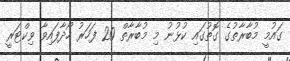
ގައުމީ މުބާރާތުގެ ގޮތުގައި ކުޅުނު މި މުބާރާތް 20 ފަހަރު ހޯދާފައިވާ ވިކްޓަރީ